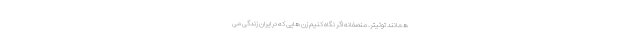
همانند توئیتر. منصفانه اگر نگاه کنیم زن هایی که در ایران زندگی می